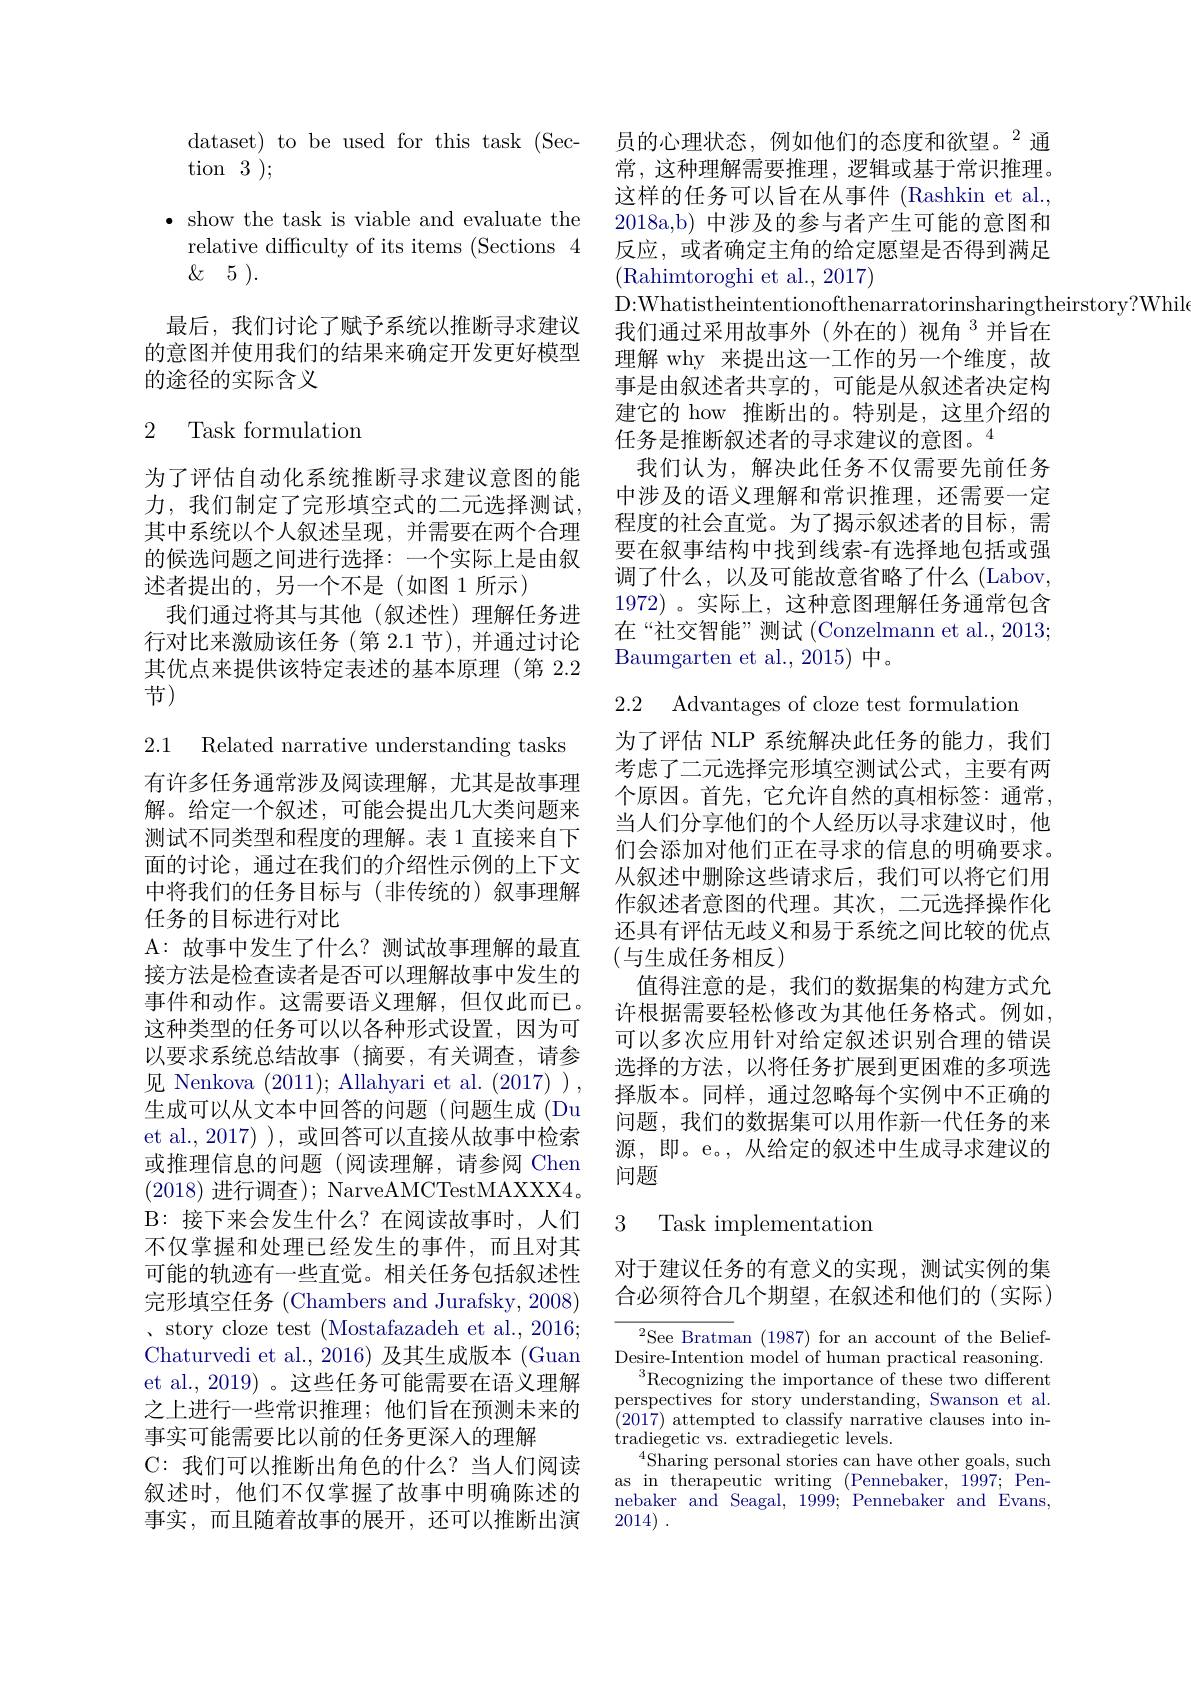
dataset) to be used for this task (Sec-
tion 3 );
$\bullet$ show the task is viable and evaluate the
relative difficulty of its items (Sections 4
$\&5).$
最后，我们讨论了赋予系统以推断寻求建议

的意图并使用我们的结果来确定开发更好模型
的途径的实际含义

# 2 Task formulatiom

为了评估自动化系统推断寻求建议意图的能力，我们制定了完形填空式的二元选择测试， 其中系统以个人叙述呈现，并需要在两个合理的候选问题之间进行选择：一个实际上是由叙述者提出的，另一个不是(如图 1 所示)
我们通过将其与其他(叙述性)理解任务进行对比来激励该任务(第 2.1节),并通过讨论其优点来提供该特定表述的基本原理(第 2.2节)

2.1 Related narrative understanding tasks

有许多任务通常涉及阅读理解，尤其是故事理解。给定一个叙述，可能会提出几大类问题来测试不同类型和程度的理解。表 1 直接来自下面的讨论，通过在我们的介绍性示例的上下文中将我们的任务目标与(非传统的)叙事理解任务的目标进行对比
A: 故事中发生了什么？测试故事理解的最直接方法是检查读者是否可以理解故事中发生的事件和动作。这需要语义理解，但仅此而已。这种类型的任务可以以各种形式设置，因为可以要求系统总结故事(摘要，有关调查，请参见 Nenkova (2011); Allahyari et al.(2017)), 生成可以从文本中回答的问题(问题生成(Du et al.,2017)), 或回答可以直接从故事中检索或推理信息的问题 (阅读理解，请参阅 Chen (2018)进行调查); NarveAMCTestMAXXX4。B:接下来会发生什么？在阅读故事时，人们不仅掌握和处理已经发生的事件，而且对其可能的轨迹有一些直觉。相关任务包括叙述性完形填空任务 (Chambers and Jurafsky, 2008) 、story cloze test (Mostafazadeh et al., 2016; Chaturvedi et al.,2016) 及其生成版本 (Guan et al., 2019) 。这些任务可能需要在语义理解之上进行一些常识推理；他们旨在预测未来的事实可能需要比以前的任务更深入的理解
C: 我们可以推断出角色的什么？当人们阅读叙述时，他们不仅掌握了故事中明确陈述的事实，而且随着故事的展开，还可以推断出演

员的心理状态，例如他们的态度和欲望。$^{2}$通常，这种理解需要推理，逻辑或基于常识推理。这样的任务可以旨在从事件 (Rashkin et al., 2018a,b) 中涉及的参与者产生可能的意图和反应，或者确定主角的给定愿望是否得到满足(Rahimtoroghi et al., 2017)
D:Whatistheintentionofthenarratorinsharingtheirstory?Whil
我们通过采用故事外(外在的)视角$^{3}$并旨在理解 why 来提出这一工作的另一个维度，故事是由叙述者共享的，可能是从叙述者决定构建它的 how 推断出的。特别是，这里介绍的任务是推断叙述者的寻求建议的意图。$^{4}$
我们认为，解决此任务不仅需要先前任务中涉及的语义理解和常识推理，还需要一定程度的社会直觉。为了揭示叙述者的目标，需要在叙事结构中找到线索-有选择地包括或强调了什么，以及可能故意省略了什么(Labov, 1972)。实际上，这种意图理解任务通常包含在“社交智能”测试(Conzelmann et al.,2013; Baumgarten et al., 2015) 中。

2.2 Advantages of cloze test formulation

为了评估 NLP 系统解决此任务的能力，我们考虑了二元选择完形填空测试公式，主要有两个原因。首先，它允许自然的真相标签：通常， 当人们分享他们的个人经历以寻求建议时，他们会添加对他们正在寻求的信息的明确要求。从叙述中删除这些请求后，我们可以将它们用作叙述者意图的代理。其次，二元选择操作化还具有评估无歧义和易于系统之间比较的优点(与生成任务相反)
值得注意的是，我们的数据集的构建方式允许根据需要轻松修改为其他任务格式。例如， 可以多次应用针对给定叙述识别合理的错误选择的方法，以将任务扩展到更困难的多项选择版本。同样，通过忽略每个实例中不正确的问题，我们的数据集可以用作新一代任务的来源，即。e。,从给定的叙述中生成寻求建议的问题

# 3 Task implementation

对于建议任务的有意义的实现，测试实例的集合必须符合几个期望，在叙述和他们的(实际)

$^2$See Bratman (1987) for an account of the BeliefDesire-Intention model of human practical reasoning.
$^3$Recognizing the importance of these two different perspectives for story understanding, Swanson et al. (2017) attempted to classify narrative clauses into intradiegetic vs. extradiegetic levels.
$^{4}$Sharing personal stories can have other goals, such as in therapeutic writing (Pennebaker, 1997; Pennebaker and Seagal, 1999; Pennebaker and Evans, 2014) .